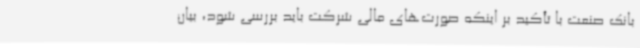
بانک صنعت با تأکید بر اینکه صورت‌های مالی شرکت باید بررسی شود، بیان